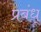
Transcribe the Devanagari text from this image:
प्रबंध्